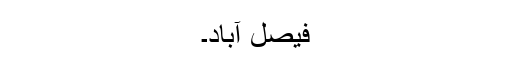
فیصل آباد۔